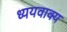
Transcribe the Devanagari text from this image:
ध्ययवाक्य